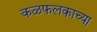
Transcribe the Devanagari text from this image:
कळफलकाच्या